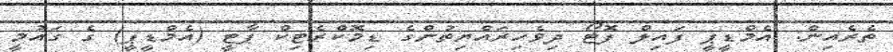
ތެރެއިން: އެމްޑީޕީ ފައިލް ފޮޓޯ ދިވެހިރައްޔިތުންގެ ޑިމޮކްރެޓިކް ޕާޓީ (އެމްޑީޕީ) ގެ ގައުމީ